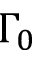
\Gamma _ { 0 }